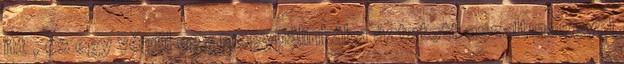
itt , és egy végül egy megypálinkába áztatott aszaltmeggyel